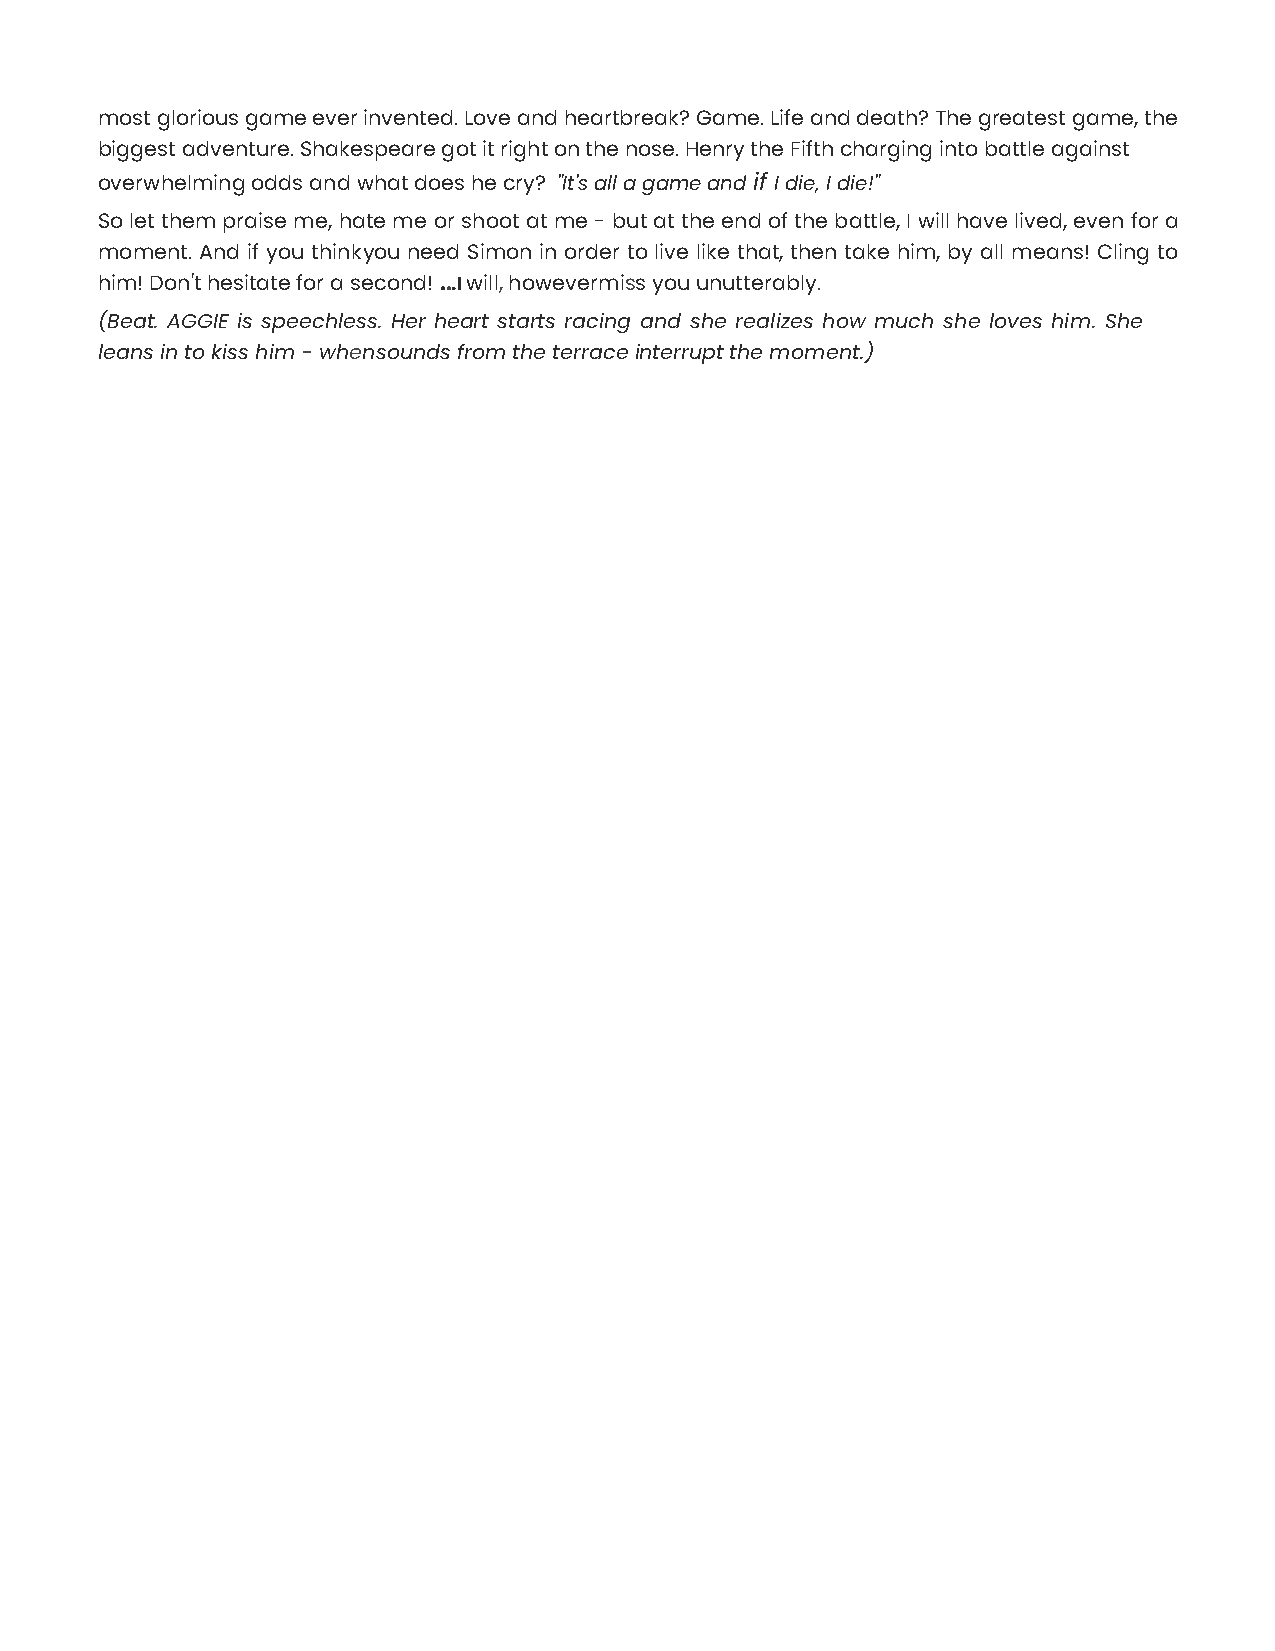
most glorious game ever invented. Love and heartbreak? Game. Life and death? The greatest game, the
 biggest adventure. Shakespeare got it right on the nose. Henry the Fifth charging into battle against
 overwhelming odds and what does he cry? "It's all a game and if I die, I die!"
 So let them praise me, hate me or shoot at me - but at the end of the battle, I will have lived, even for a
 moment. And if you think you need Simon in order to live like that, then take him, by all means! Cling to
 him! Don't hesitate for a second! ...I will, however miss you unutterably.
 (Beat. AGGIE is speechless. Her heart starts racing and she realizes how much she loves him. She
 leans in to kiss him - when sounds from the terrace interrupt the moment.)